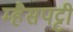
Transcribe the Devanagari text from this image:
म्हैसपट्टी